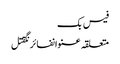
فیس بک
متعلقہ عنوانفائرنگقتل